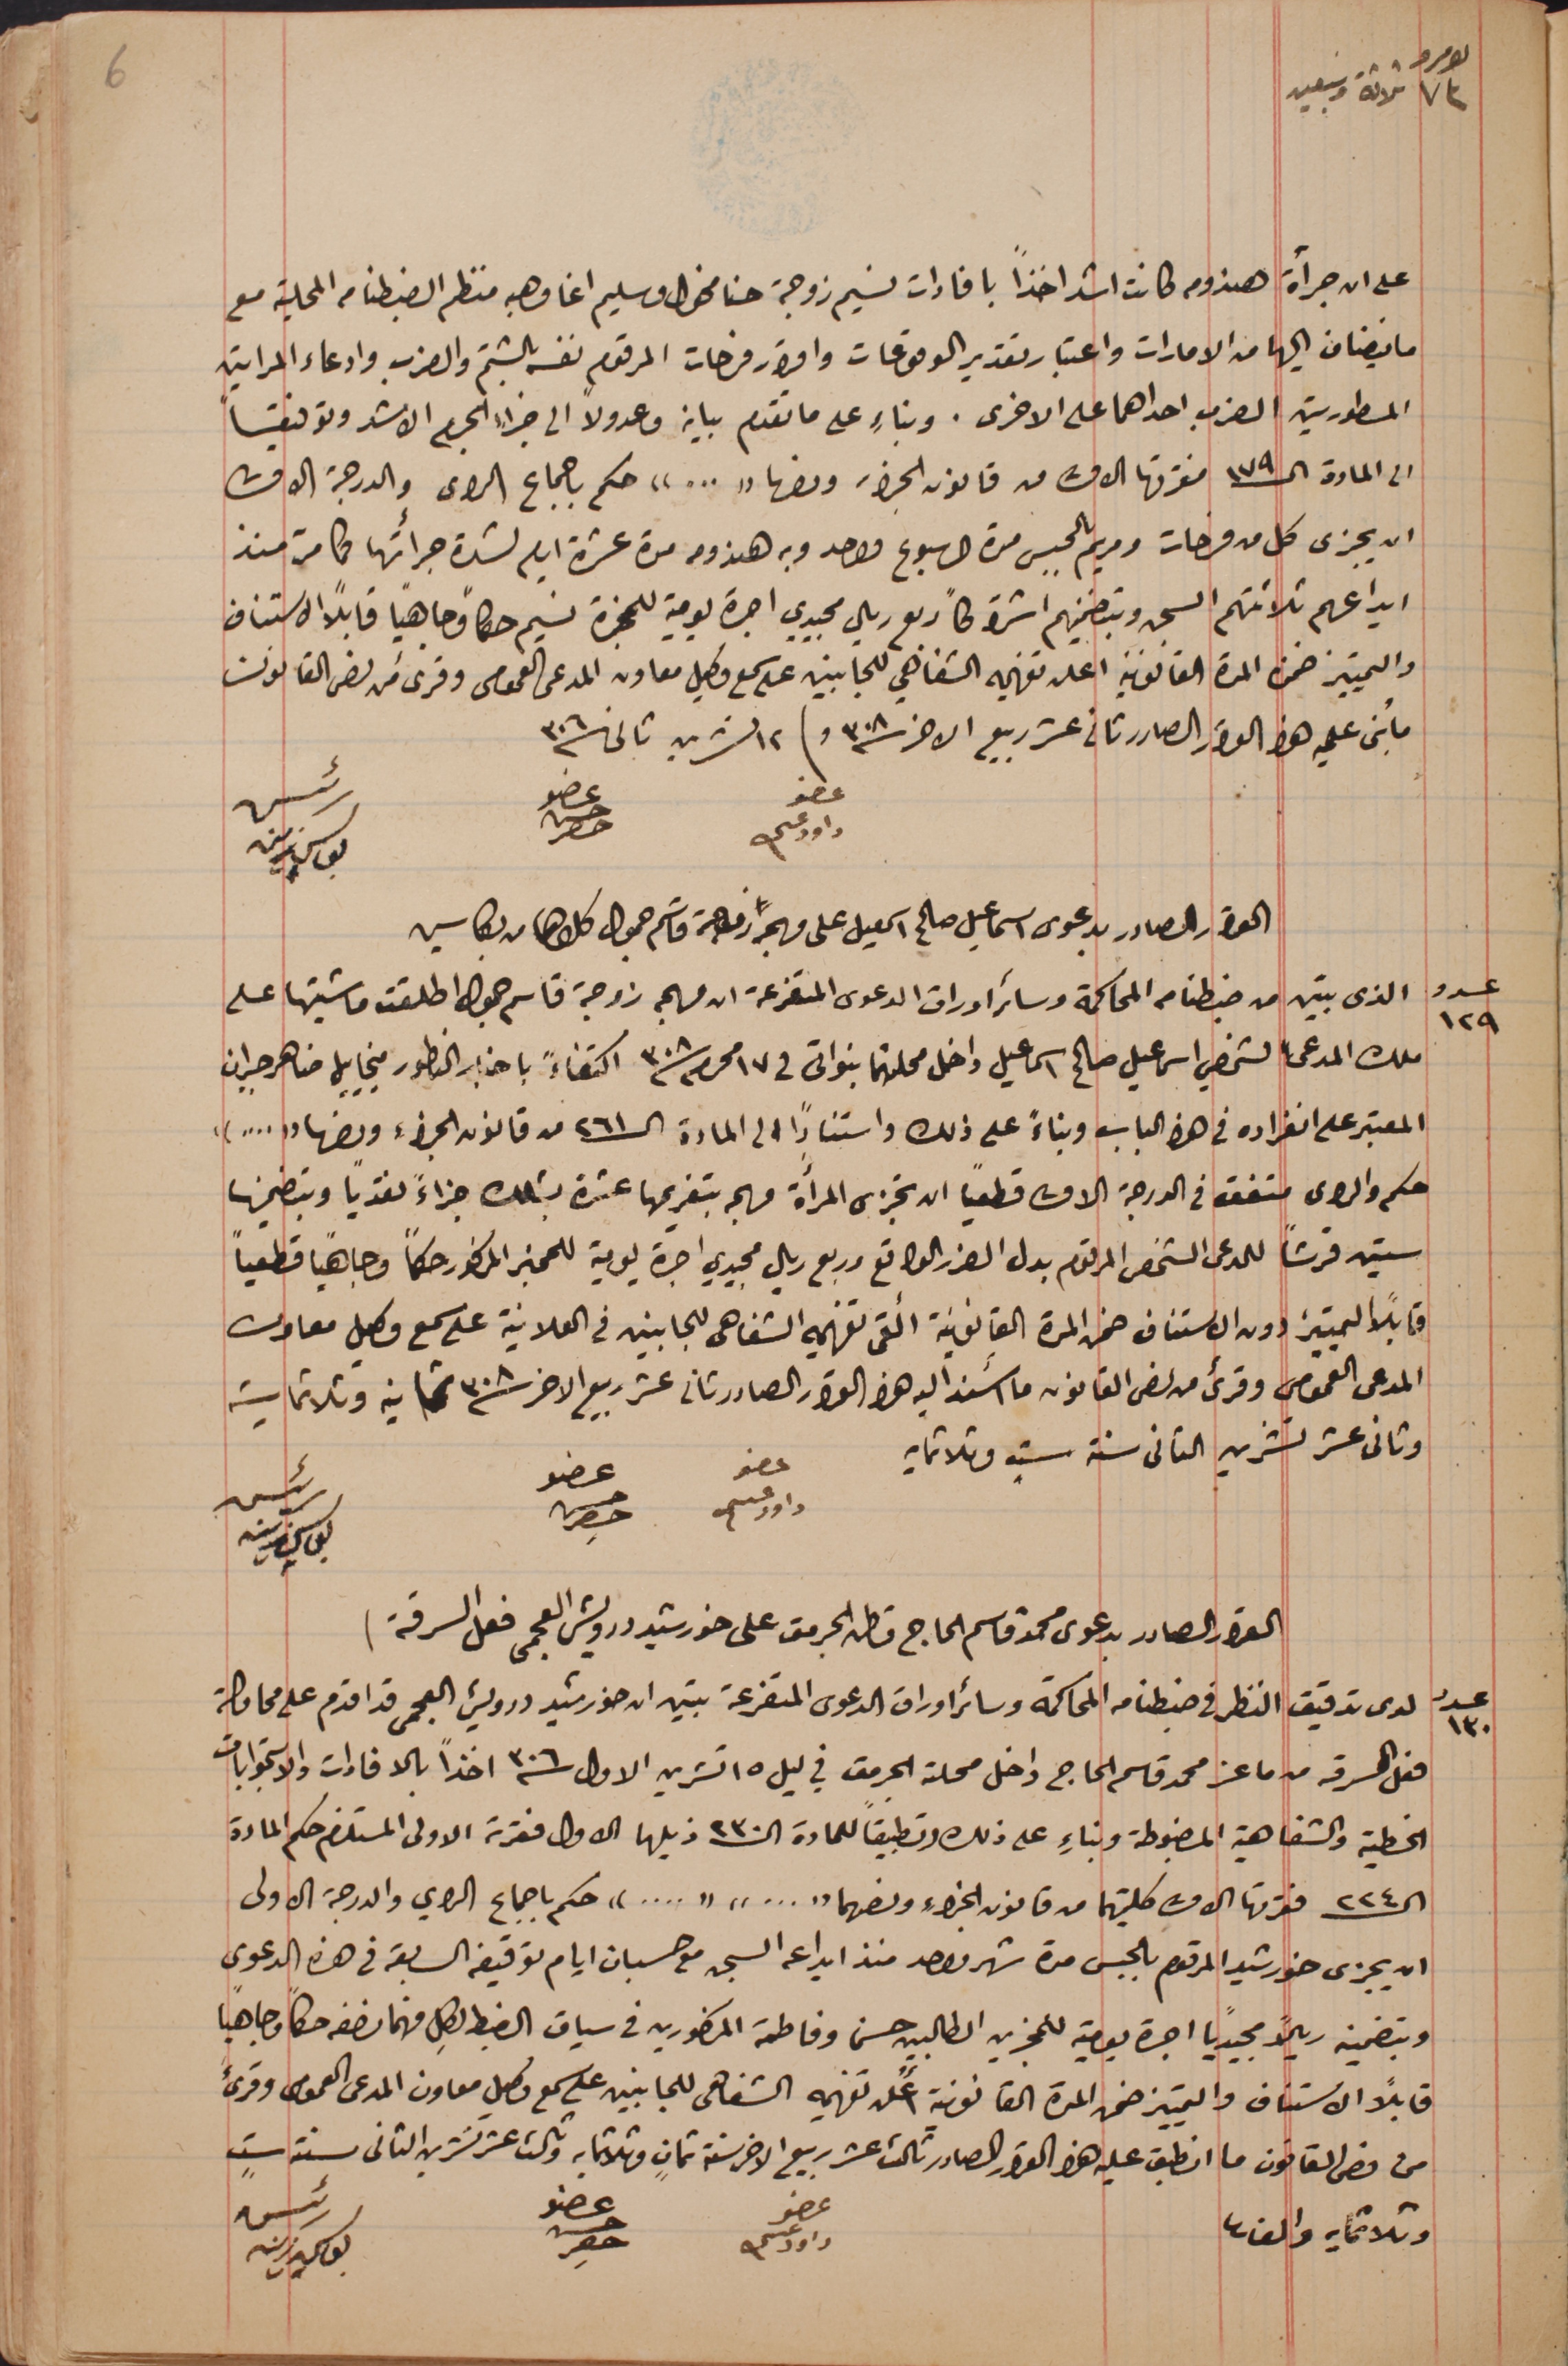
نومرو ٧٣ ثلاثة وسبعين
على ان جرأة هندومه كانت اشد اخذاً بافادات نسيم زوجة حنا مخول وسليم اغا وهبه منظم الضبطنامه المحلية مع
ما يضاف اليها من الامارات واعتبار تقدير الوقوعات واقرار فرحات المرقوم نفسه بالشتم والضرب وادعاء المراتين
المسطورتين الضرب احداهما على الاخرى. وبناءٍ على ما تقدم بيان وعدولاً الى جزاء الجرم الاشد وتوفقياً
الى المادة الـ ١٧٩ فقرتها الاولى من قانون الجزاء ونصها "..." حكم باجماع الراى والدرجة الاولى
ان يجزى كل من فرحات ومريم بالحبس مدة لاسبوع واحد وبه هندومه مدة عشرة ايام لشدة جرأتها  كما مرّ منذ
ايداعهم ثلاثتهم السجن وبتضمينهم اشتراكاً ربع ريال مجيدي اجرة يومية للمجزة نسيم حكماً وجاهياً قابلاً الاستناف
والتمييز ضمن المدة القانونية اعلن تفهيمه الشفاهي للجانبين على سمع وكيل معاون المدعى العمومى وقرىء من نص القانون
ما بُنى عليه هذا القرار الصادر ثانى عشر ربيع الاخر  سنة ٣٠٨ وفى ١٢ تشرين ثانى سنة ٣٠٦
عضو حسن حصِر
القرار الصادر بدعوى اسماعيل صالح اسمعيل على  مريم زوجة قاسم جمول كلاهما من بكاسين
عدد ١٢٩  الذى تبين من ضبطنا من المحاكمة وسائر اوراق الدعوى المتفرعة ان مريم زوجة قاسم جمول اطلقت ماشيتها على
ملك المدعى الشخصي اسماعيل صالح اسماعيل داخل محلتهما بنواتى في ١٧ محرم سنة ٣٠٨ اكتفاءً باخبار الناطور مخاييل ضاهر جبران
المعتبر على انفراده فى هذا الباب وبناءً على ذلك واستناداً الى المادة الـ٢٦١ من قانون الجزاءِ ونصها "...."
حكم والراى متفق فى الدرجة الاولى قطعياً ان تجزى المرأة مريم بتغريمها عشرة بشلك جزاءً نقدياً وبتضمينها
ستين قرشاً للمدعى الشخصى المرقوم بدل الضرر الواقع وربع ريال مجيدي اجرة يومية للحجز المذكور حكماً وجاهياً قطعياً
قابلاً التمييز دون الاستناف ضمن المدة القانونية ألقى تفهيمه الشفاهى للجانبين فى العلانية على سمع وكيل معاون
المدعى العمومى وقرىء من نص القانون ما أسند اليه هذا القرار الصادر ثانى عشر ربيع الاخر سنة ٣٠٨ ثمانيه وثلاثماية
وثانى عشر تشرين التانى سنة ستٍ وثلاثمايه.
عضو داود عسى
رئيس يوسف زينه
القرار الصادر بدعوى محمد قاسم الحاج قاطن الجرمق على خورشيد درويش العجمى فعل السرقة)
عدد ١٣٠ لدى تدقيق النظر في ضبطنا من المحاكمة وسائر اوراق الدعوى المتفرعة تبين ان خورشيد درويش العجمى قد اقدم على محاولة
فعل السرقه من ماعز محمد قاسم الحاج داخل محلة الجرمق في ليل ١٥ تشرين الاول سنة ٣٠٦ اخذاً بالافادات والاستجوابات
الخطية والشفاهية المضبوطة وبناءٍ على ذلك وتطبيقاً للمادة الـ٢٣٠ ذيلها الاول فقرته الاولى المستلزم حكم المادة
الـ٢٢٤ فقرتها الاولى كلتيهما من قانون الجزاء ونصهما "..." "...." حكم باجماع الراي والدرجة الاولى
ان يجزى خورشيد المرقوم بالحبس مدة شهر واحد منذ ايداعه السجن مع حسبان ايام توقيفه السابقة فى هذه الدعوى
وبتضمين ريالاً مجيدياً اجرة يومية للمجزين الطالبين حسن وفاطمة المذكورين فى سياق الضبط لِكل منهما نصفه حكماً وجاهياً
قابلًا الاستناف والتمييز ضمن المدة القانونية أعلن تفهيمه الشفاهى للجانبين على سمع وكيل معاون المدعى العمومى وقرىء
من نص القانون ما انطبق عليه هذا القرار الصادر ثالث عشر ربيع الاخر سنة ثمانٍ وثلاثين  وثالث عشر تشرين التانى سنة ستٍ
عضو داود عسى
وثلاثمايه والف.
6
عضو داود عسى
رئيس يوسف زينه
عضو حسن حصِر
عضو حسن حصِر
رئيس يوسف زينه